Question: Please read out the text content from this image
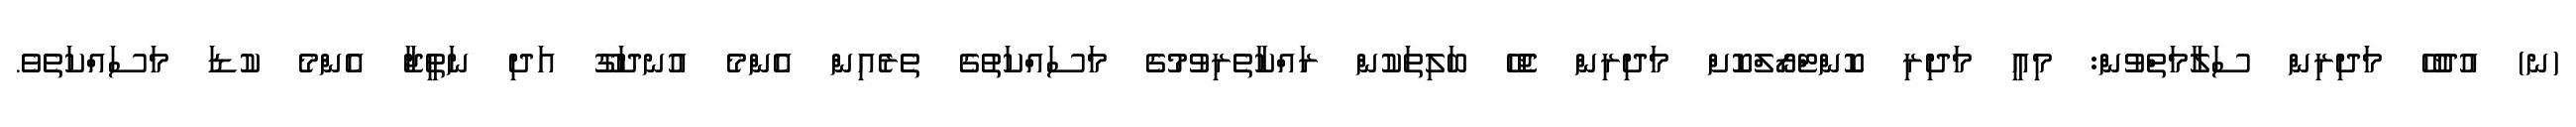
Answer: (ނ) އުދުހޭ މަދިރިން ސަލާމަތްވުން: މިއީ މަދިރި ކޮންޓްރޯލްކޮށް މަދިރިން ޖެހޭ ބަލިތަކުން ރައްކާތެރިވުމުގެ މަސައްކަތުގެ ތެރެއިން އެންމެ އުނދަގޫ އަދި ނަތީޖާ އެންމެ ކުޑަ މަސައްކަތެވެ.